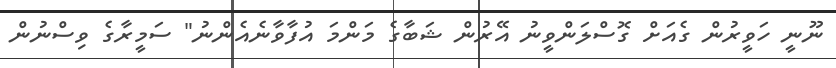
ނޫނީ ހަވީރުން ގެއަށް ގޮސްލަންވީނު އޭރުން ޝަބާގެ މަންމަ އުފާވާނެއެންނު" ސަމީރާގެ ވިސްނުން